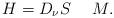
LaTeX: \begin{align*}H = D_\nu S \ \ \ \ M.\end{align*}